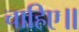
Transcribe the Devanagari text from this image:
चाहिए॥